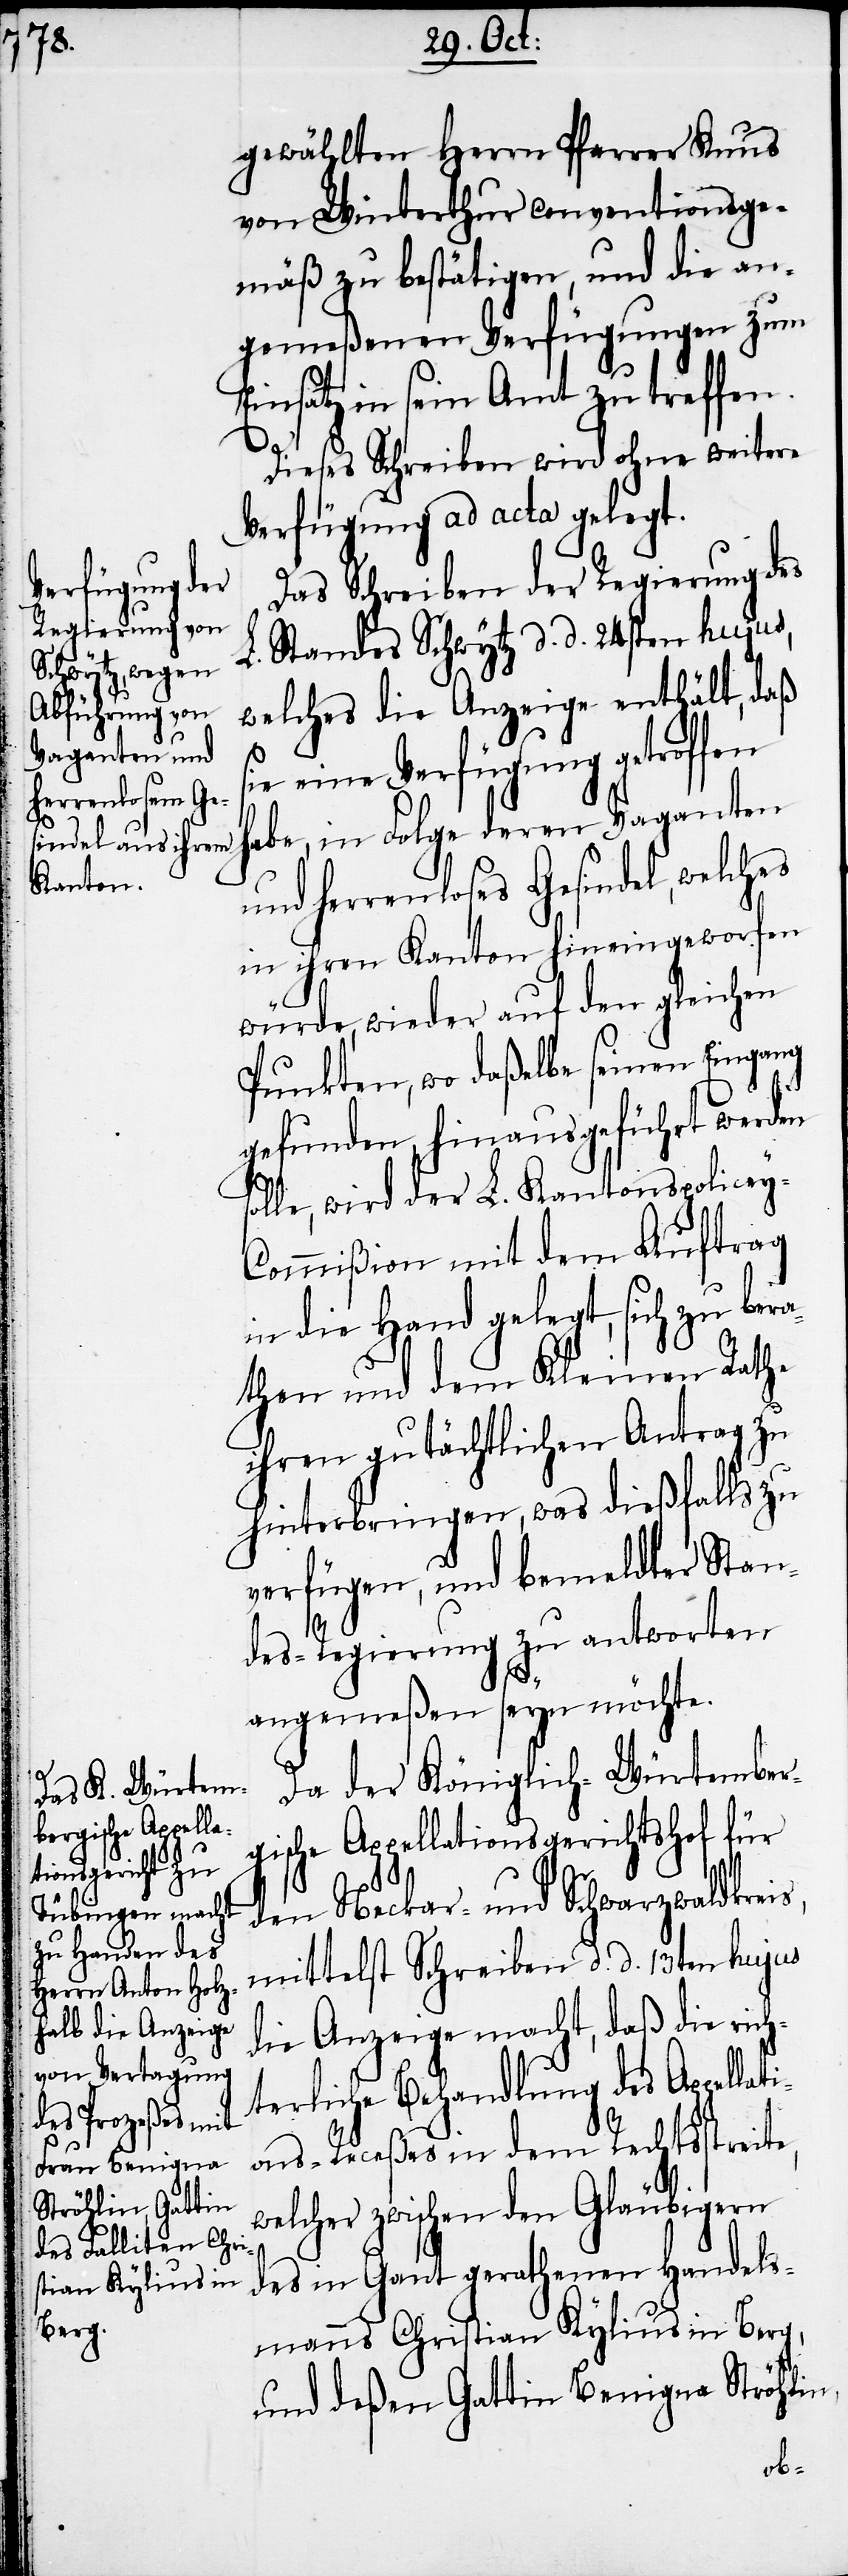
gewählten Herrn Pfarrer Knus
von Winterthur conventionsge¬
mäß zu bestätigen, und die an¬
gemeßenen Verfügungen zum
Einsatz in sein Amt zu treffen.
Dieses Schreiben wird ohne weitere
Verfügung ad acta gelegt.
Das Schreiben der Regierung des
L. Standes Schwytz d. d. 24sten hujus,
welches die Anzeige enthält, daß
ie eine Verfügung getroffen
habe, in Folge deren Vaganten
und herrenloses Gesindel, welches
in ihren Kanton hineingeworfen
würde, wieder auf den gleichen
Punkten, wo daßelbe seinen Eingang
gefunden, hinausgeführt werden
solle, wird der L. Kantonspolicey-C¬
ommißion mit dem Auftrag
in die Hand gelegt, sich zu bera¬
then und dem Kleinen Rathe
ihren gutächtlichen Antrag zu
hinterbringen, was dießfalls zu
verfügen, und bemeldter Stan¬
s,
des-Regierung zu antworten
angemeßen seyn möchte.
Da der Königlich-Würtember¬
gische Appellationsgerichtshof für
den Neckar- und Schwarzwaldkrei¬
mittelst Schreiben d. d. 13ten hujus
die Anzeige macht, daß die rich¬
terliche Behandlung des Appellat¬
ions-Receßes in dem Rechtsstreite,
welcher zwischen den Gläubigern
des in Gant gerathenen Handels¬
manns Christian Kylius in Berg,
und deßen Gattin Benigna Ströhlin,